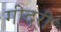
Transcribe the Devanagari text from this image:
गीदरी